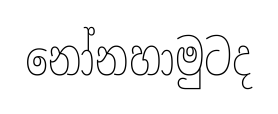
නෝනහාමුටද